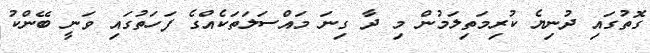
ގޮތުގައި ދުނިޔެ ކުރިމަތިލަމުން މި ދާ ގިނަ މައްސަލަތަކެއްގެ ފަހަތުގައި ވަނީ ބޭންކު